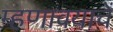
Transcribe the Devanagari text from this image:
म्हणावयाचें